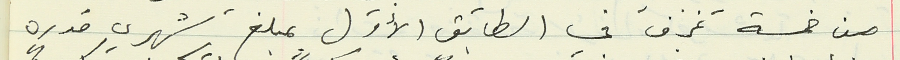
من خمسة غرف في الطابق الأول بمبلغ شهري قدره